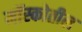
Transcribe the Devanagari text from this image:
मॉस्कोतील